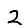
Digit: 2